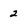
Character: 2